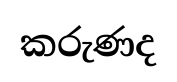
කරුණද